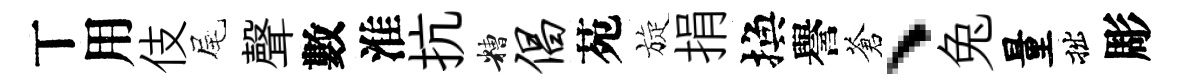
丅用伎尾聲數淮抗糟倡苑旋捐換譽蒼、兔量拙彫